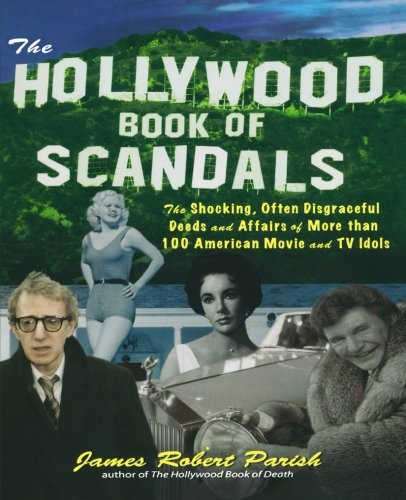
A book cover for The Hollywood Book of Scandals : The Shocking, Often Disgraceful Deeds and Affairs of Over 100 American Movie and TV Idols; James Parish; Humor & Entertainment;